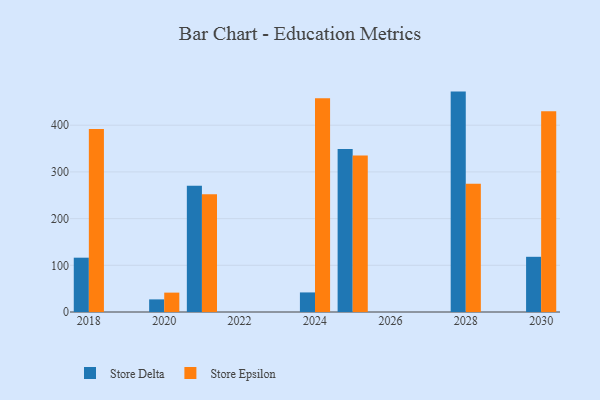
{"axis": {"x": "Year", "y": "Demand Index"}, "legend": ["Store Delta", "Store Epsilon"], "data": [{"x": "2028", "y": 472.0, "type": "Store Delta"}, {"x": "2028", "y": 274.6, "type": "Store Epsilon"}, {"x": "2025", "y": 349.0, "type": "Store Delta"}, {"x": "2025", "y": 335.0, "type": "Store Epsilon"}, {"x": "2020", "y": 27.0, "type": "Store Delta"}, {"x": "2020", "y": 41.5, "type": "Store Epsilon"}, {"x": "2021", "y": 270.6, "type": "Store Delta"}, {"x": "2021", "y": 252.0, "type": "Store Epsilon"}, {"x": "2018", "y": 116.3, "type": "Store Delta"}, {"x": "2018", "y": 391.7, "type": "Store Epsilon"}, {"x": "2030", "y": 118.2, "type": "Store Delta"}, {"x": "2030", "y": 430.1, "type": "Store Epsilon"}, {"x": "2024", "y": 41.9, "type": "Store Delta"}, {"x": "2024", "y": 457.8, "type": "Store Epsilon"}]}